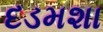
દડમશા